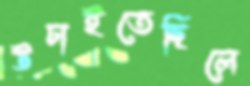
উচাইতেছিলে